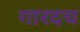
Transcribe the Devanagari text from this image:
गारदच